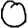
Digit: 0